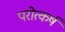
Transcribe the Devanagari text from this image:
परोत्कर्ष